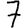
Digit: 7